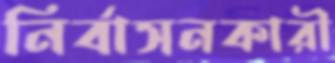
নির্বাসনকারী